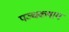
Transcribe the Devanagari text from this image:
पञ्चकषाय